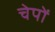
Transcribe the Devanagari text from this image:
चेपों